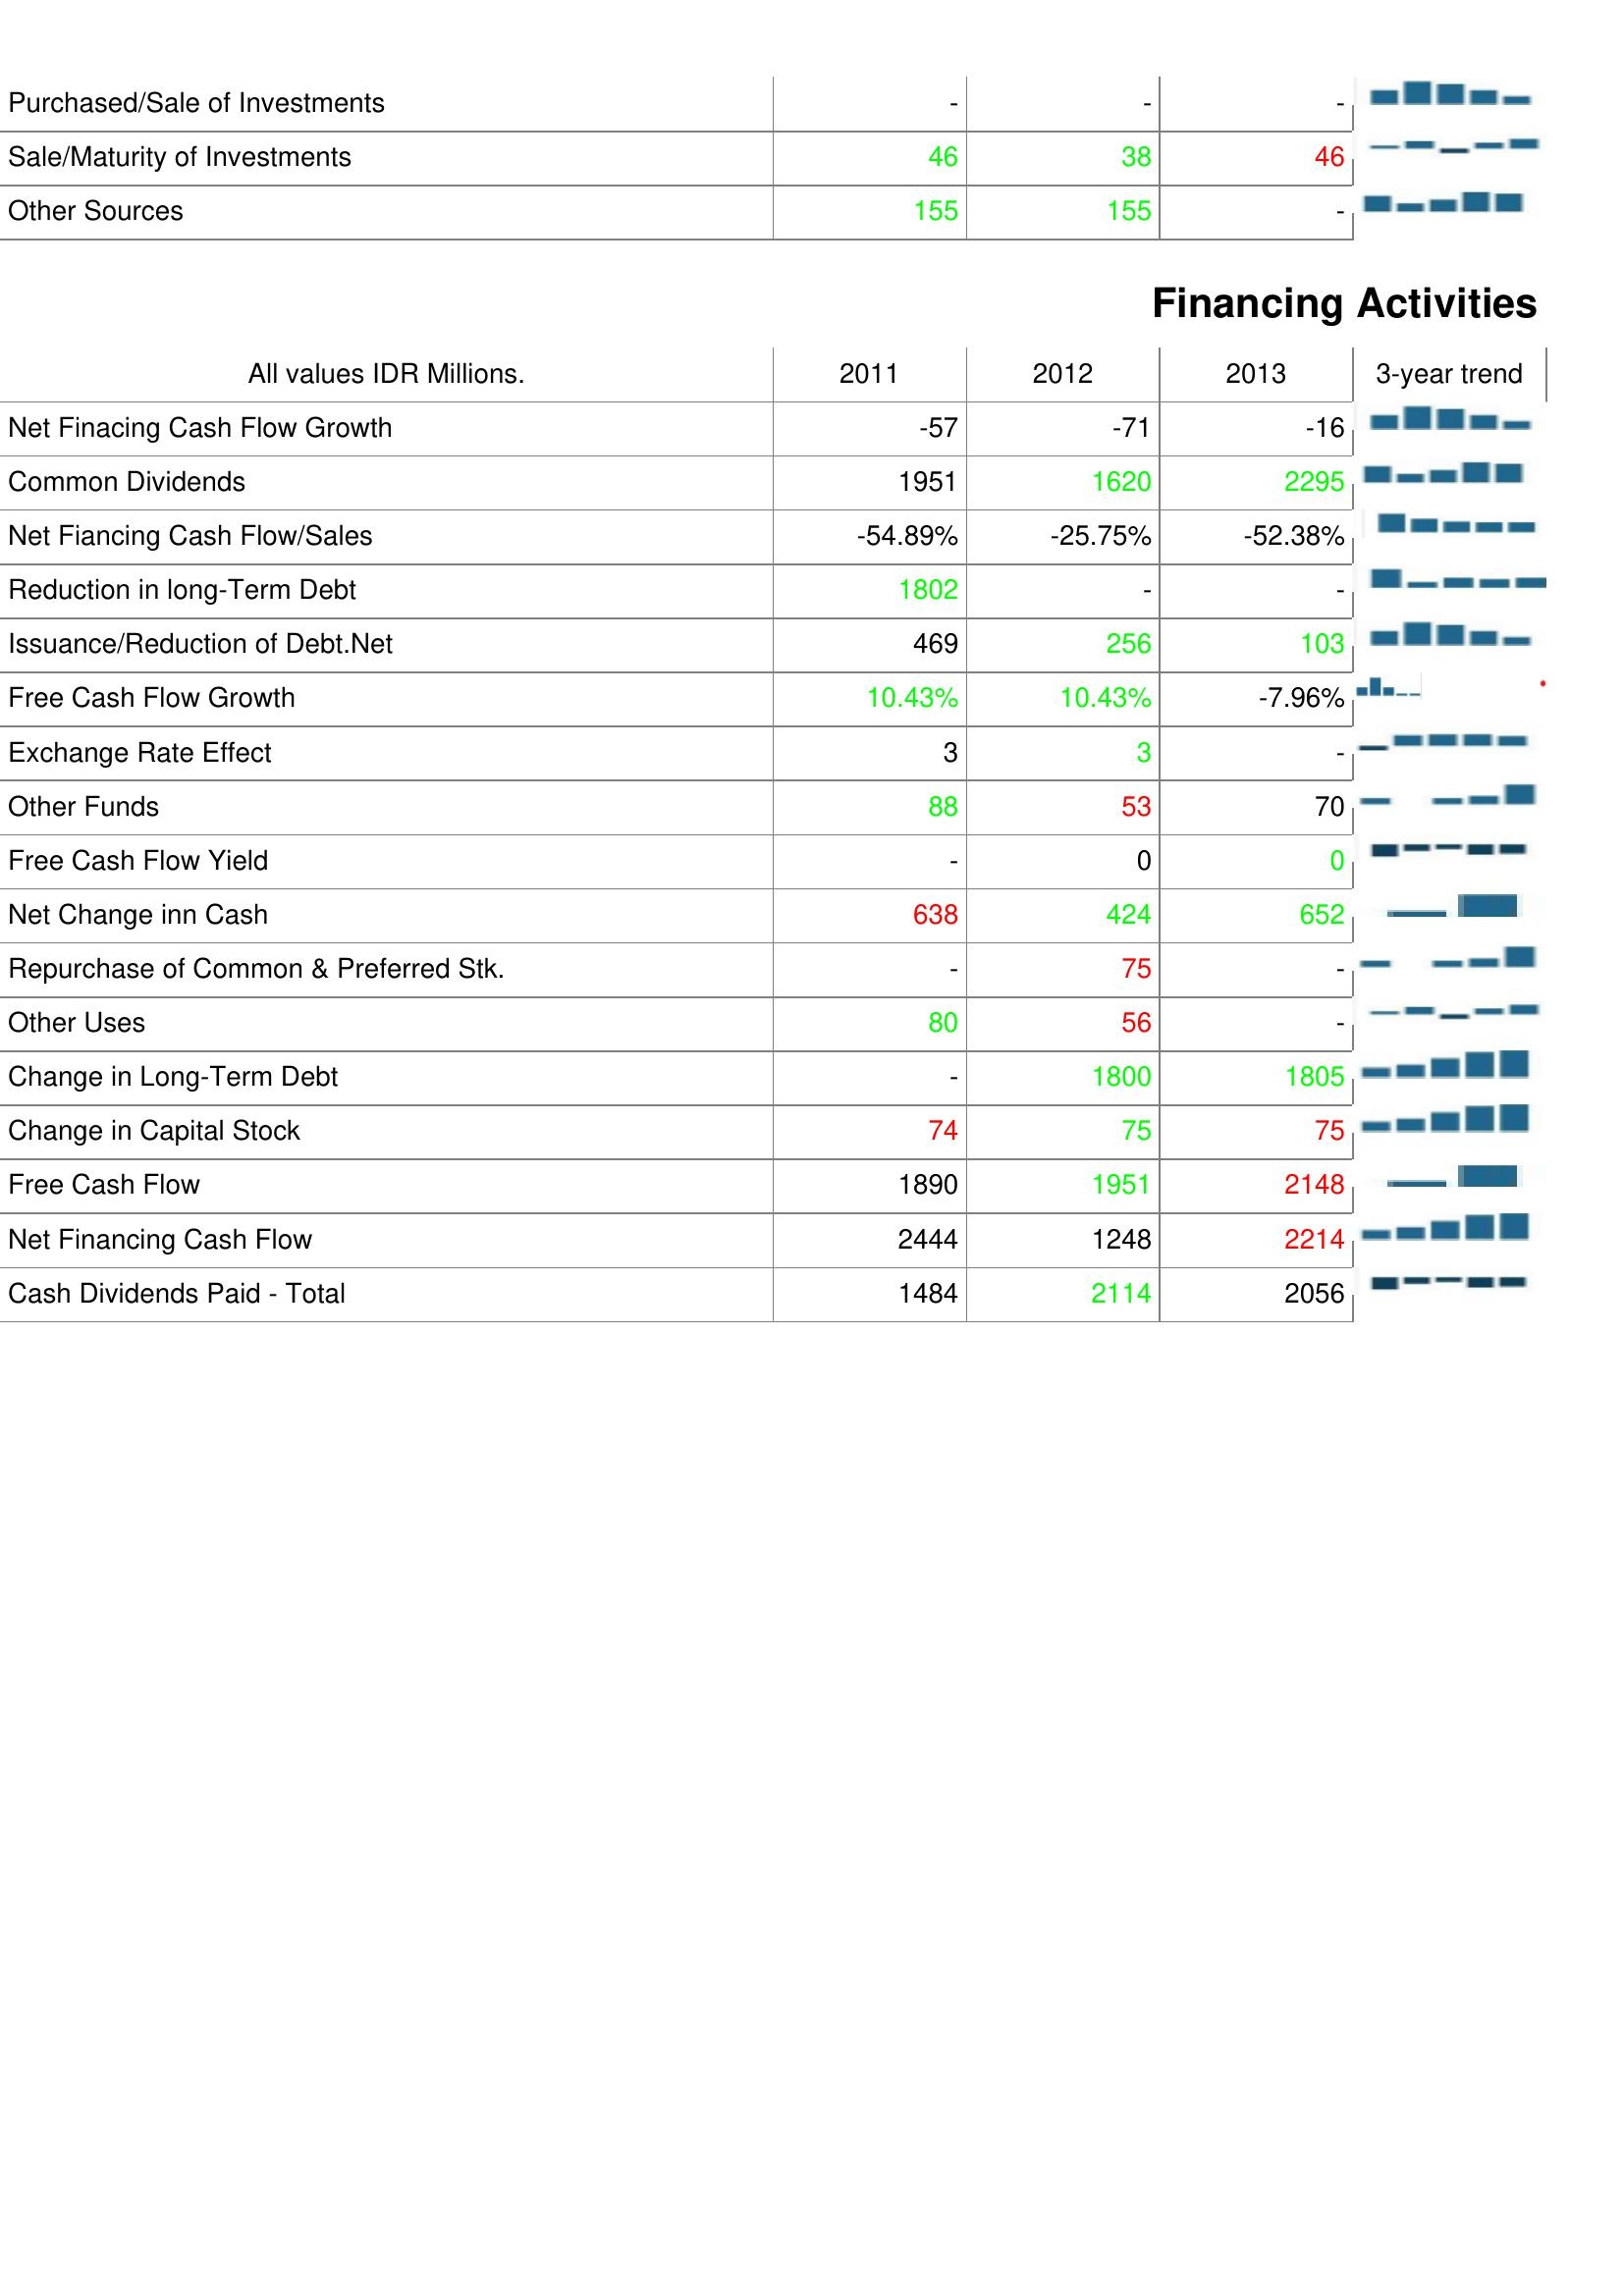
2011: Investing Activities: Purchased/Sale of Investments: -
Sale/Maturity of Investments: 46
Other Sources: 155
Financing Activities: Net Finacing Cash Flow Growth: -57
Common Dividends: 1951
Net Fiancing Cash Flow/Sales: -54.89%
Reduction in long-Term Debt: 1802
Issuance/Reduction of Debt.Net: 469
Free Cash Flow Growth: 10.43%
Exchange Rate Effect: 3
Other Funds: 88
Free Cash Flow Yield: -
Net Change inn Cash: 638
Repurchase of Common & Preferred Stk.: -
Other Uses: 80
Change in Long-Term Debt: -
Change in Capital Stock: 74
Free Cash Flow: 1890
Net Financing Cash Flow: 2444
Cash Dividends Paid - Total: 1484
2012: Investing Activities: Purchased/Sale of Investments: -
Sale/Maturity of Investments: 38
Other Sources: 155
Financing Activities: Net Finacing Cash Flow Growth: -71
Common Dividends: 1620
Net Fiancing Cash Flow/Sales: -25.75%
Reduction in long-Term Debt: -
Issuance/Reduction of Debt.Net: 256
Free Cash Flow Growth: 10.43%
Exchange Rate Effect: 3
Other Funds: 53
Free Cash Flow Yield: 0
Net Change inn Cash: 424
Repurchase of Common & Preferred Stk.: 75
Other Uses: 56
Change in Long-Term Debt: 1800
Change in Capital Stock: 75
Free Cash Flow: 1951
Net Financing Cash Flow: 1248
Cash Dividends Paid - Total: 2114
2013: Investing Activities: Purchased/Sale of Investments: -
Sale/Maturity of Investments: 46
Other Sources: -
Financing Activities: Net Finacing Cash Flow Growth: -16
Common Dividends: 2295
Net Fiancing Cash Flow/Sales: -52.38%
Reduction in long-Term Debt: -
Issuance/Reduction of Debt.Net: 103
Free Cash Flow Growth: -7.96%
Exchange Rate Effect: -
Other Funds: 70
Free Cash Flow Yield: 0
Net Change inn Cash: 652
Repurchase of Common & Preferred Stk.: -
Other Uses: -
Change in Long-Term Debt: 1805
Change in Capital Stock: 75
Free Cash Flow: 2148
Net Financing Cash Flow: 2214
Cash Dividends Paid - Total: 2056